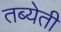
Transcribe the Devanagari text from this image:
तब्येती